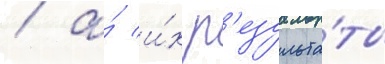
/ а́ и́х р'езульта́ты